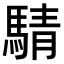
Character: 𫘋